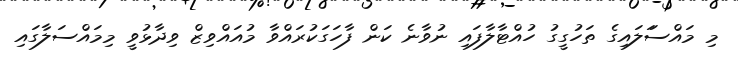
މި މައްސަަލައިގެ ތަހުގީގު ހުއްޓާލާފައި ނުވާނެ ކަން ފާހަގަކުރައްވާ މުއައްވިޒް ވިދާޅުވީ މިމައްސަލާގައި